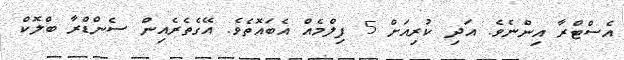
އެސްޓްރާ އިންނެވެ. އަދި ކުރިއަށް 5 ފިލްމެއް އެބައޮތެވެ. އޭގެތެރެއިން ސެންޑްރާ ބްލޮކް